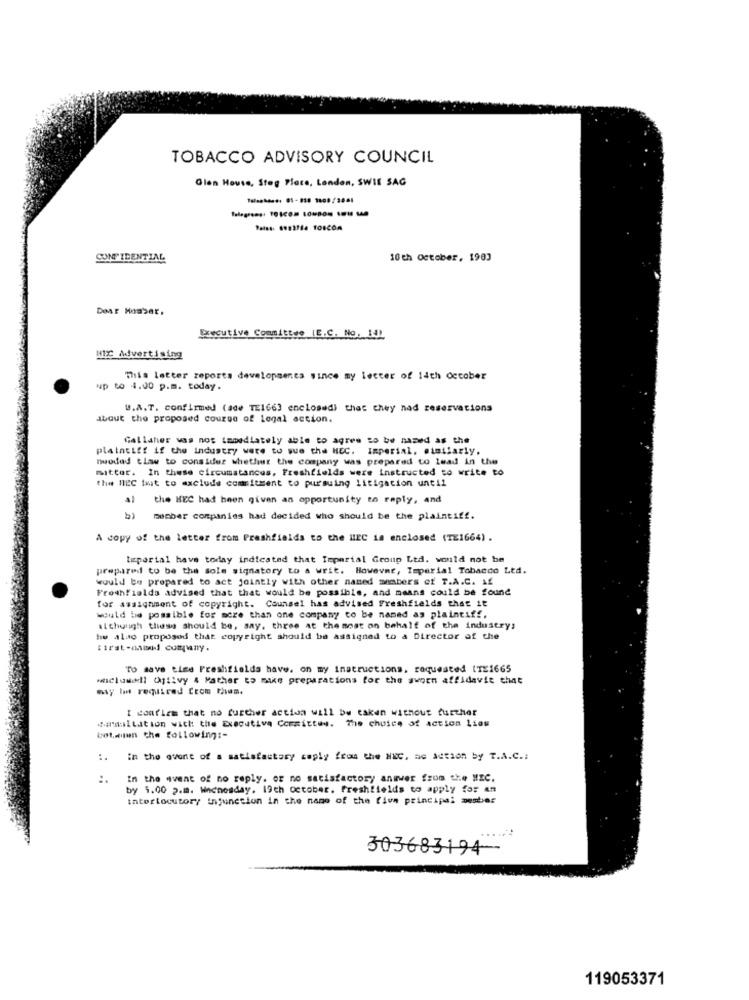
TOBACCO ADVISORY COUNCIL
Glen House, Steg Place, London, SWIE SAG
CONFIDENTIAL
10 th October, 1903
Dear Masser.
Executive Committee (E.C. No. 14)
HEX Advertising
This letter reports developments since my letter of 14th October
up to 4.00 p.m. today.
U.A.T. confirmed (ade TE1663 enclosed) that chey nad reservations
about the proposed course of Legal action.
Gallaher was not lamediately able to agree to be named as the
plaintiff if the industry were to sue the HEC. Imperial. similarly.
nwodas tiaww to consider whether the company was prepared to lead in the
mitter. In these circumstances, Freshfields were instructed to write to
the NIPC fait to exclude commitment to pursuing litigation until
the HEC had been given an opportunity to reply, and
mecher companies had decided who should be the plaintiff.
A copy of the letter from Freshfields to the LEC is enclosed (TE1664) .
teperial have today indicated that Imperial Group Ltd. would not be
prepared to be the sole signatory to a writ. However, Imperial Tobacco Ltd.
would be prepared to act jointly with other named members of T.A.C. If
Freshfields advised that that would be possible, and means could be found
for assignment of copyright. Counsel has advised Freshfields that it
would be possible for more than one company to be named as plaintiff.
although these should be, say, three at the most on behalf of the industry;
he alao proposed that copyright should be assigned to a Director of the
To save time Freshfields have. on my instructions. requested ITE1665
whclomiddt Ogtivy & Mather to make preparations for the sworn affidavit that
may be required CEce Chum.
I confirm that no further action will be taken without further
saraltation with the Executive Committee. The choice of action Lios
bot.men the following :-
:.
in the event of a satisfactory reply from the NEC, as action by T.A.C .:
In the event of no reply. or no satisfactory answer from the MIC.
by 1.00 p.m. Wednesday. 19th october. freshfields to apply for An
interlocutory injunction in the name of the five principal member
303683194 --
119053371